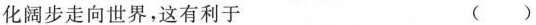
化阔步走向世界，这有利于 ()